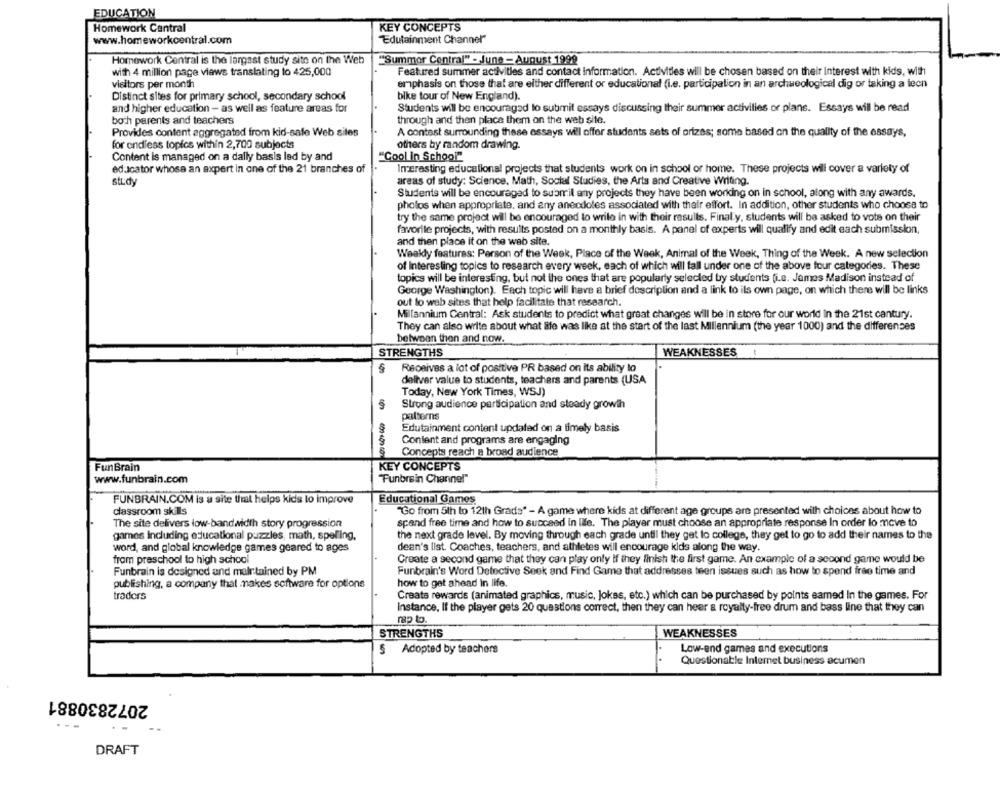
EDUCATION
Homework Central
KEY CONCEPTS
www.homeworkcentral.com
Edutainment Channel"
Homework Central is the largest study site on the Web
""Summor Central" - June -August 1999
with 4 million page views translating to 425,000
Featured summer activities and contact information. Activities will be chosen based on their Interest with kids, with
visitors per month
emphasis on those that are either different or educational (i.e. participation in an archaeological dig or taking a leon
bike tour of New England).
Distinct sites for primary school, secondary school
and higher education - as well as feature areas for
Students will be encouraged to submit essays discussing their summer activities or plans. Essays will be read
through and then place them on the web site.
both parents and teachers
Provides content aggregated from kid-safe Web sites
A contest surrounding these essays will offer students sets of orizes; some based on the quality of the essays,
for endless topics within 2,700 subjects
others by random drawing.
Content is managed on a dally basis led by and
"Cool in School"
educator whose an expert in one of the 21 branches of
Imeresting educational projects that students work on in school or home. These projects will cover a variety of
study
areas of study: Science. Math, Social Studies, the Arts and Creative Writing.
Students will be encouraged to submit any projects they have been working on in school, along with any awards.
photos when appropriate, and any anecdotes associated with their effort. In addition, other students who choose to
try the same project will be encouraged to write in with their results. Final y, students will be asked to vote on their
favorite projects, with results posted on a monthly basis. A panel of experts will qualify and edit each submission,
and then place it on the web site.
Wealdy features: Person of the Week, Place of the Week, Animal of the Week, Thing of the Week. A new selection
of Interesting topics to research every week, each of which will fall under one of the above four categories. These
topics will be interesting, but not the ones that are popularly selected by students (i.e. James Madison instead of
George Washington). Each topic will have a brief description and a link to its own page, on which there will be links
out lo web sites that help facilitate that research.
Millannium Central: Ask students to predict what great changes will be in store for our world in the 21st cantury.
They can also write about what life was like at the start of the last Millennium (the year 1000) and the differences
between then and now.
STRENGTHS
WEAKNESSES !
Receives a lot of positive PR based on its ability to
deliver value to students, teachers and parents (USA
Today, New York Times, WSJ)
Strong audience participation and steady growth
patterns
Edutainment content updated on a timely basis
Content and programs are engaging
Concepts reach a broad audience
FunBrain
KEY CONCEPTS
www.funbrain.com
"Funbrein Channel"
Educational Games
FUNBRAIN.COM is a site that helps kids to improve
classroom skills
"Go from 5th to 12th Grads" - A game where kids at different age groups are presented with choices about how to
spend free time and how to succeed in life. The player must choose an appropriate response In order to move to
The site delivers low-bandwidth story progression
games including educational puzzles, math, spelling,
the next grade level. By moving through each grade until they get to college, they get to go to add their names to the
dean's list. Coaches, teachers, and athletes will encourage kids along the way.
word, and global knowledge games geared to ages
fram preschool to high school
Create a second game that they can play only if they finish the first game. An example of a second game would be
Funbrain is designed and maintained by PM
Funbrain's Word Detective Seek and Find Game that addresses teen issues such as how to spend free time and
publishing, a company that makes software for options
how to get ahead in life.
traders
Create rewards (animated graphics, music, Jokas, etc.) which can be purchased by points earned In the games. For
Instance, If the player gets 20 questions correct, then they can hear a royalty-free drum and bass line that they can
mp to.
STRENGTHS
WEAKNESSES
§ Adopted by teachers
Low-end games and executions
Questionable Internet business acumen
2072830881
---
DRAFT